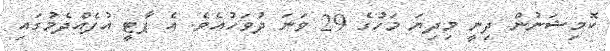
ކޮމިޝަނުން ދިނީ މިދިޔަ މަހުގެ 29 ވަނަ ދުވަހުއެވެ. އެ ޕާޓީ އުފެއްދެމުގައި